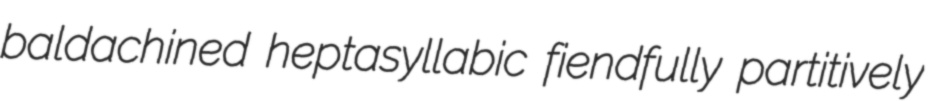
baldachined heptasyllabic fiendfully partitively